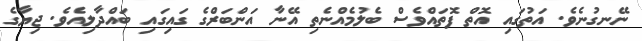
ނޭނގުނެވެ. އަތުގައި އޮތް ފޮތައްވެސް ބެލުމެއްނެތި އޭނާ އަންބަރްގެ ގައިގައި ބައްދާލިއެވެ. ޖިޔާގެ